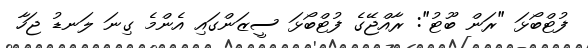
ފުޓްބޯޅަ "ރަން ބޫޓު": ރާއްޖޭގެ ފުޓްބޯޅަ ސީޒަންގައި އެންމެ ގިނަ ލަނޑު ޖަހާ